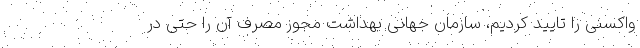
واکسنی را تایید کردیم، سازمان جهانی بهداشت مجوز مصرف آن را حتی در